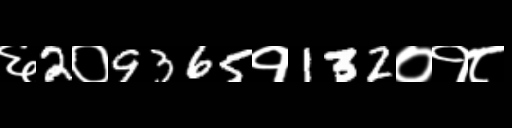
Text: ६2०9365१132०१८